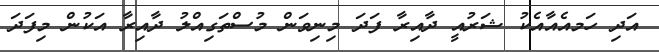
އަދި ހަމއެއާއެކު ޝަރުއީ ދާއިރާ ފަދަ މިނިވަން މުސްތަގިއްލު ދާއިރާ އަކުން މިފަދަ